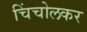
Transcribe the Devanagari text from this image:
चिंचोलकर